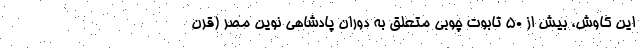
این کاوش، بیش از ۵۰ تابوت چوبی متعلق به دوران پادشاهی نوین مصر (قرن